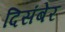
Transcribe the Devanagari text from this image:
दिसंबेर